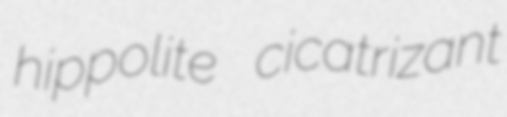
hippolite cicatrizant